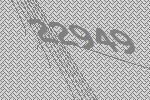
22949